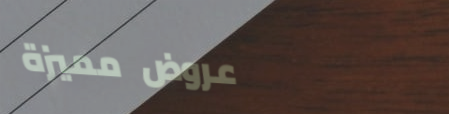
عروض مميزة